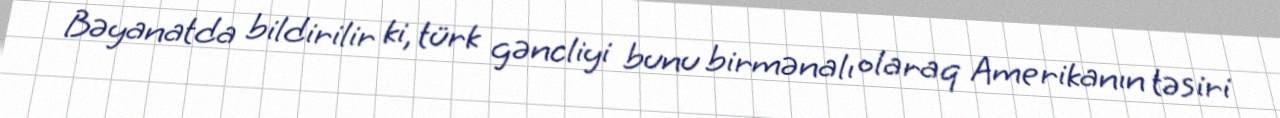
Bəyanatda bildirilir ki, türk gəncliyi bunu birmənalı olaraq Amerikanın təsiri